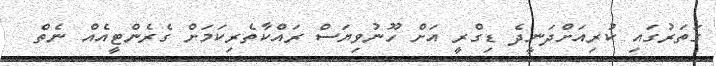
ގަތަރުގައި ކުރިއަށްދަނީދެ ޑިގްރީ އަށް ހޫނުވިޔަސް ރައްކާތެރިކަމަށް ގެރެންޓީއެއް ނެތް